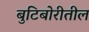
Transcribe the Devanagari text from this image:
बुटिबोरीतील